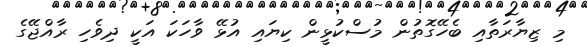
މި ޒިޔާރަތާއި ބެހޭގޮތުން މުސްކުޅީން ކިޔައި އުޅޭ ވާހަކަ އަކީ ދިވެހި ރާއްޖޭގެ